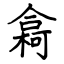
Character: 樖